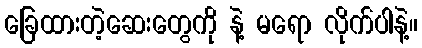
ခြေထားတဲ့ဆေးတွေကို နဲ့ မရော လိုက်ပါနဲ့။